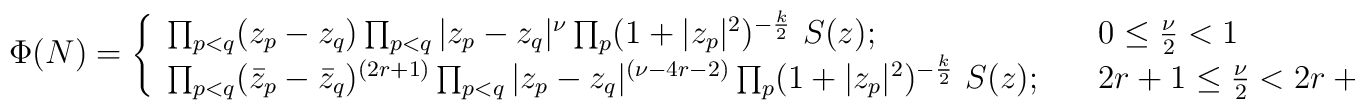
\Phi (N) = \left \{ \begin{array}{ll}\prod_{p<q}(z_p - z_q)\prod_{p<q}|z_p - z_q|^\nu\prod_p (1+|z_p|^2)^{-{k \over 2}}\,\,S(z);& 0 \le {\nu \over 2}< 1 \\\prod_{p<q}(\bar z_p - \bar z_q)^{(2r+1)}\prod_{p<q}|z_p - z_q|^{(\nu-4r -2)}\prod_p (1+|z_p|^2)^{-{k \over 2}}\,\,S(z); \quad& 2r+1  \le {\nu \over 2}< 2r +3\end{array}\right.